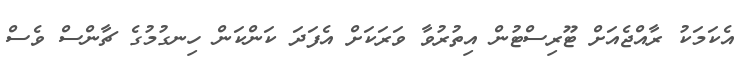
އެކަމަކު ރާއްޖެއަށް ޓޫރިސްޓުން އިތުރުވާ ވަރަކަށް އެފަދަ ކަންކަން ހިނގުމުގެ ޗާންސް ވެސް